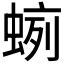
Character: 𧍐